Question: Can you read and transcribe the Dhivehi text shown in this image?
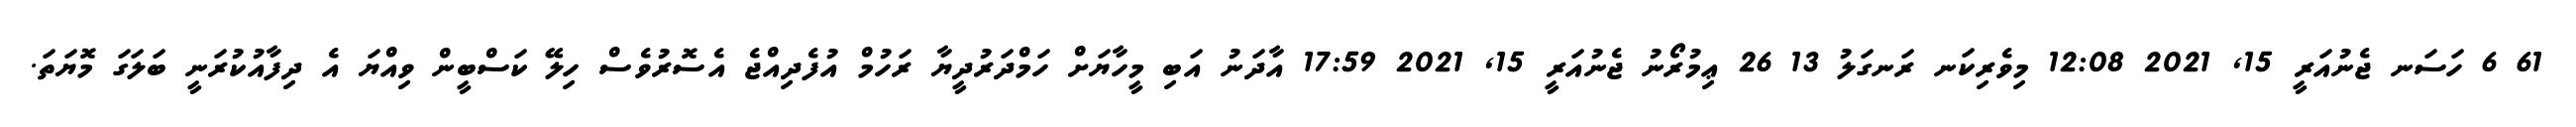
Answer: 61 6 ހަސަނ ޖެނުއަރީ 15, 2021 12:08 މިވެރިކަނ ރަނގަލު 13 26 ޢިމުރޯނު ޖެނުއަރީ 15, 2021 17:59 އާދަނު އަބި މީހާޔަށް ހަމްދަރުދީޔާ ރަހުމް އުފެދިއްޖެ އެސޮރުވެސް ހިލޭ ކަސްބީން ވިއްޔަ އެ ދިފާއުކުރަނީ ބަލަގަ މޮޔަތަ.